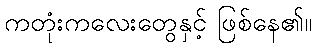
ကတုံးကလေးတွေနှင့် ဖြစ်နေ၏။